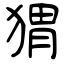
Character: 猬